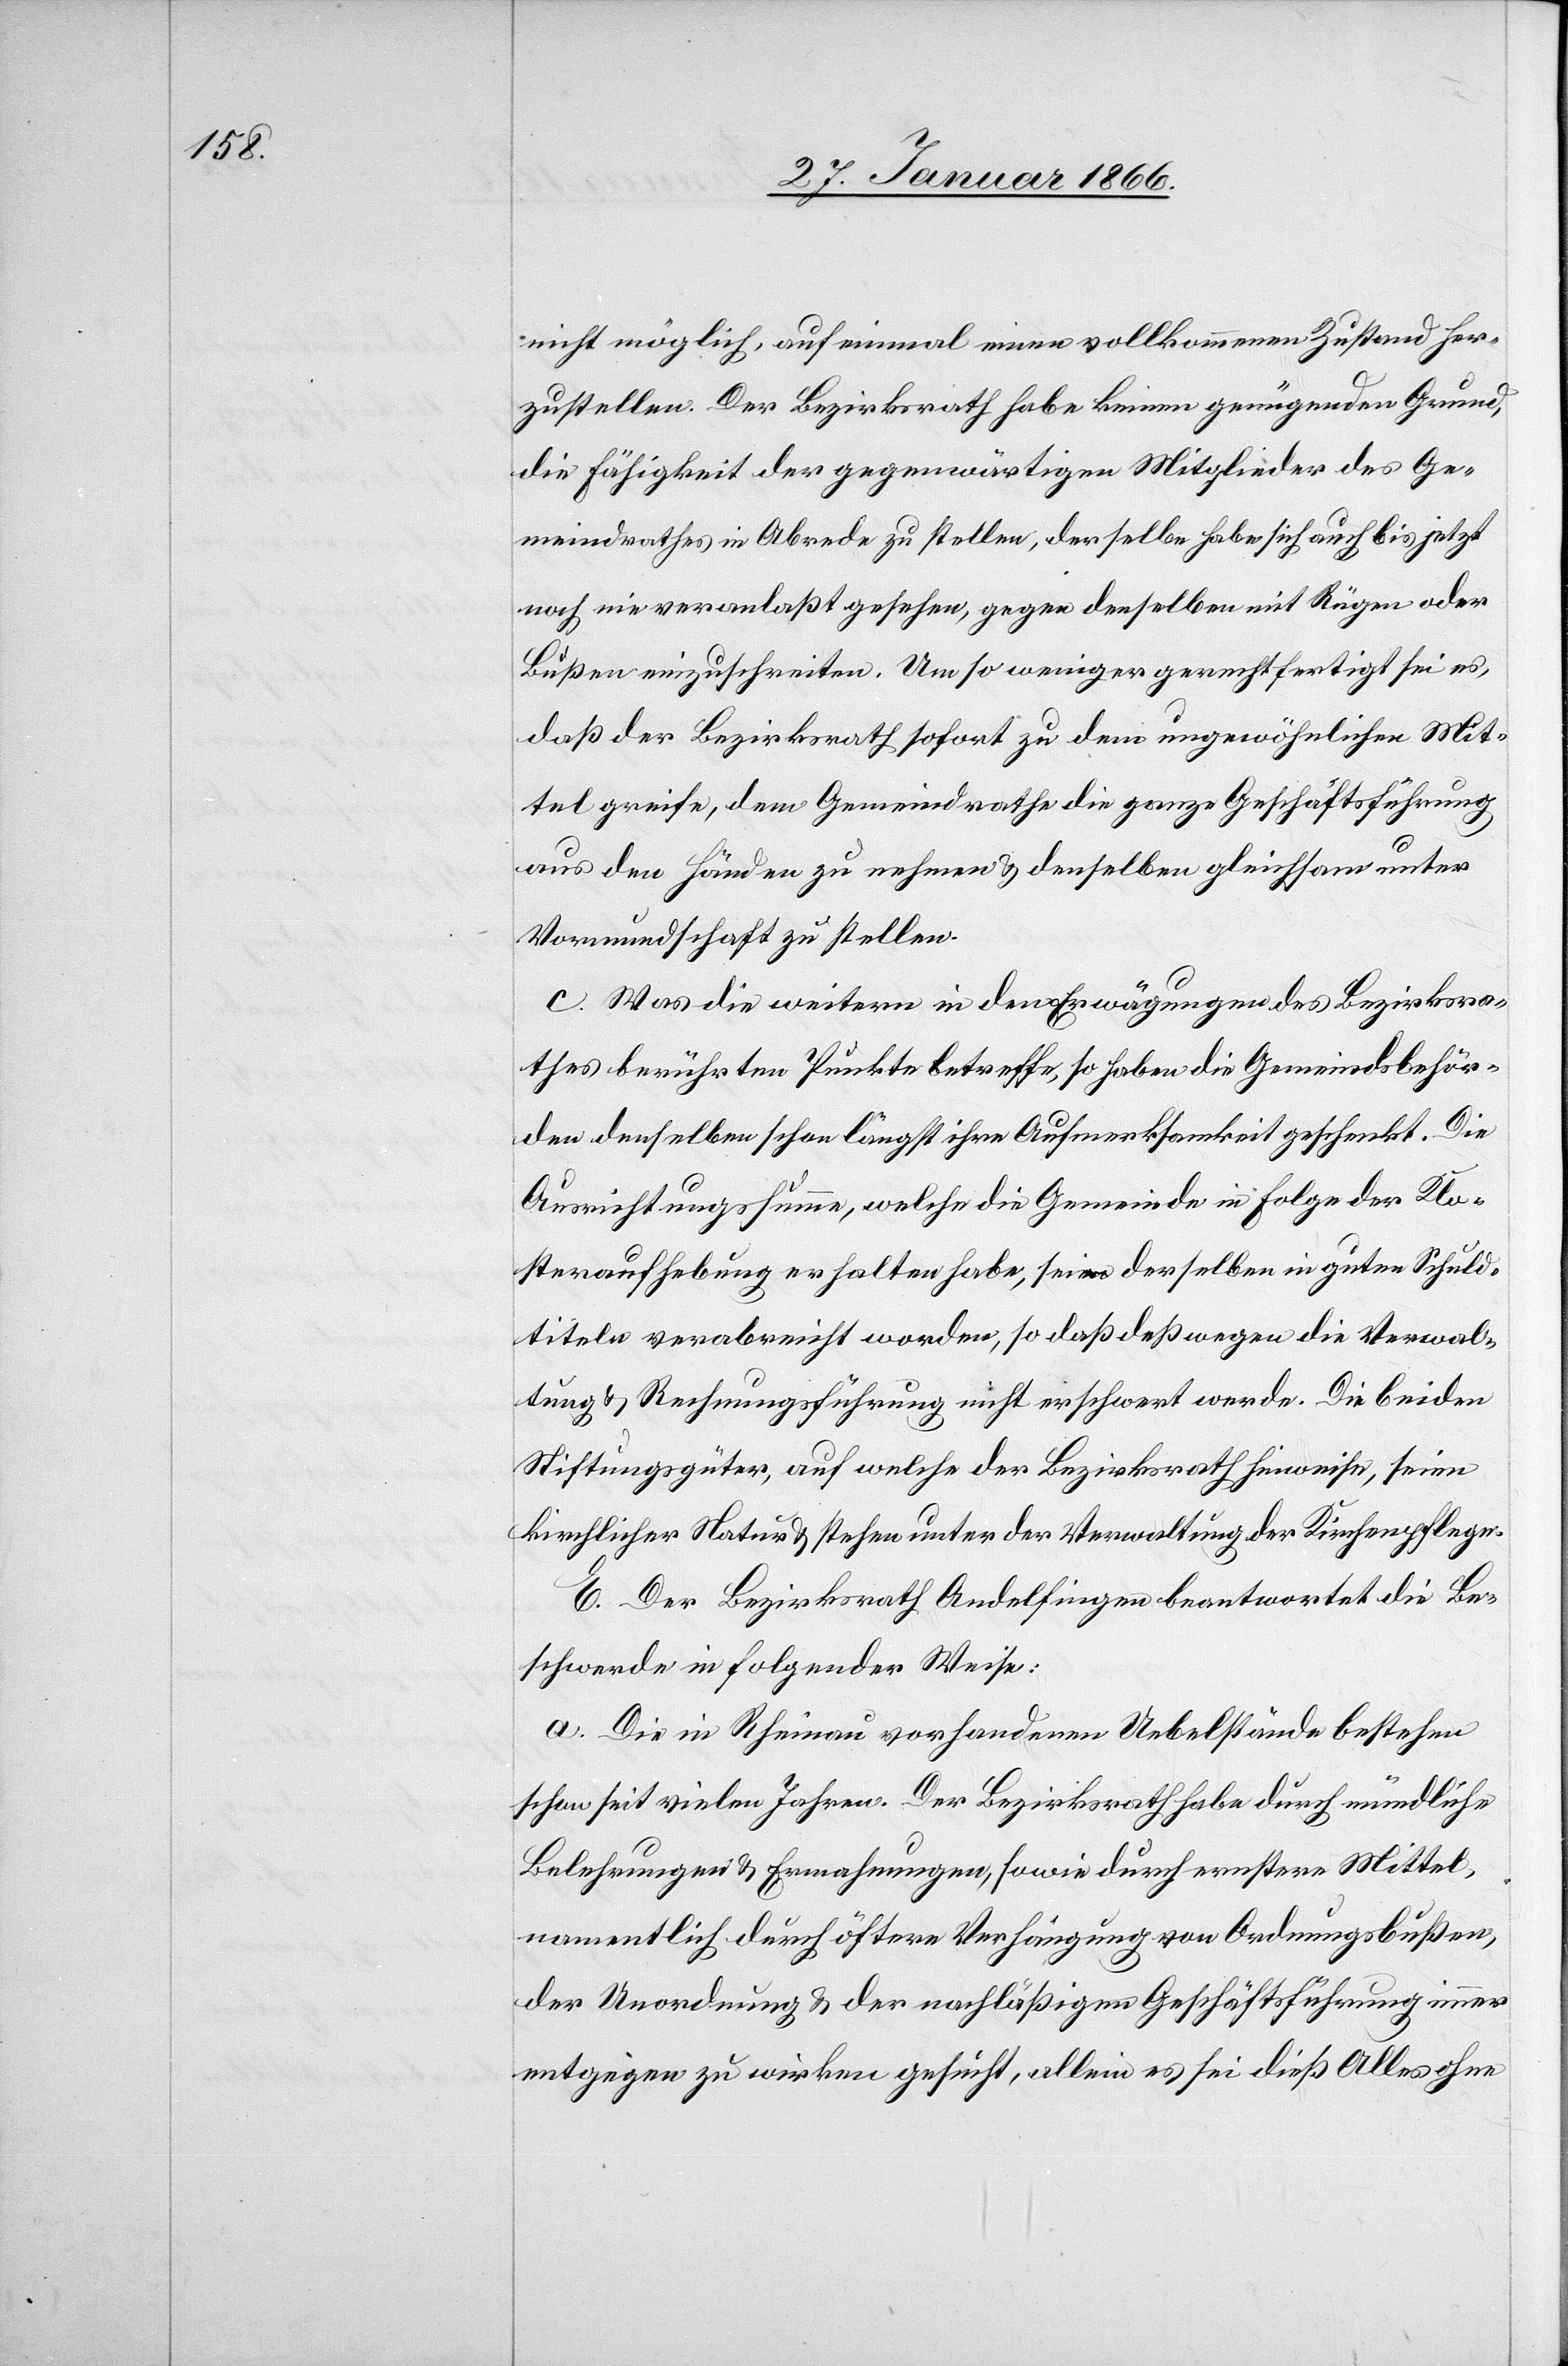
nicht möglich, auf einmal einen vollkommenen Zustand her¬
zustellen. Der Bezirksrath habe keinen genügenden Grund,
die Fähigkeit der gegenwärtigen Mitglieder des Ge¬
meindrathes in Abrede zu stellen, derselbe habe sich auch bis jetzt
noch nie veranlaßt gesehen, gegen denselben mit Rügen oder
Bußen einzuschreiten. Um so weniger gerechtfertigt sei es,
daß der Bezirksrath sofort zu dem ungewöhnlichen Mit¬
tel greife, dem Gemeindrathe die ganze Geschäftsführung
aus den Händen zu nehmen u. denselben gleichsam unter
Vormundschaft zu stellen.
c. Was die weitern in den Erwägungen des Bezirksra¬
thes berührten Punkte betreffe, so haben die Gemeindsbehör¬
den denselben längst ihre Aufmerksamkeit geschenkt. Die
Ausrichtungssumme, welche die Gemeinde in Folge der Klo¬
steraufhebung erhalten habe, sei derselben in guten Schuld¬
titeln verabreicht worden, so daß deßwegen die Verwal¬
tung u. Rechnungsführung nicht erschwert werde. Die beiden
Stiftungsgüter, auf welche der Bezirksrath hinweise, seien
kirchlicher Natur u. stehen unter der Verwaltung der Kirchenpflege.
E. Der Bezirksrath Andelfingen beantwortet die Be¬
schwerde in folgender Weise:
a. Die in Rheinau vorhandenen Uebelstände bestehen
schon seit vielen Jahren. Der Bezirksrath habe durch mündliche
Belehrungen u. Ermahnungen, sowie durch ernstere Mittel,
namentlich durch öftere Verfügung von Ordnungsbußen,
der Unordnung u. der nachläßigen Geschäftsführung immer
entgegen zu wirken gesucht, allein es sei dieß Alles ohne